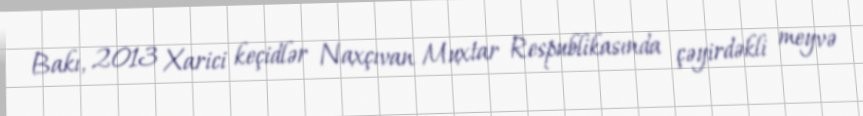
Bakı, 2013 Xarici keçidlər Naxçıvan Muxtar Respublikasında çəyirdəkli meyvə